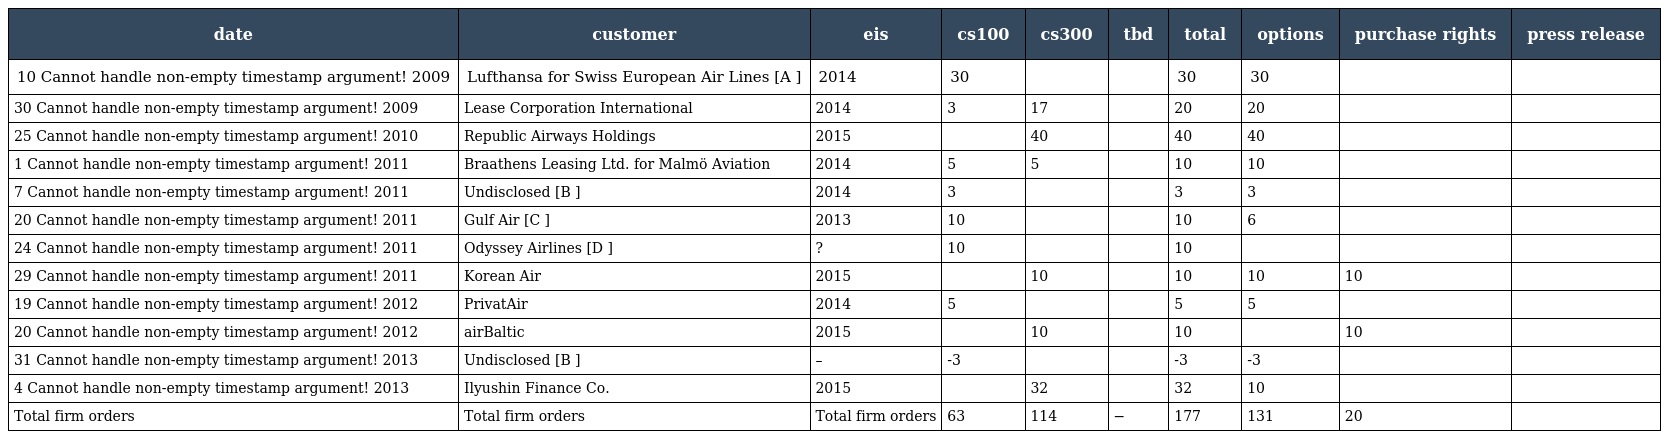
| date | customer | eis | cs100 | cs300 | tbd | total | options | purchase rights | press release |
 | --- | --- | --- | --- | --- | --- | --- | --- | --- | --- |
 | 10 Cannot handle non-empty timestamp argument! 2009 | Lufthansa for Swiss European Air Lines [A ] | 2014 | 30 |  |  | 30 | 30 |  |  |
 | 30 Cannot handle non-empty timestamp argument! 2009 | Lease Corporation International | 2014 | 3 | 17 |  | 20 | 20 |  |  |
 | 25 Cannot handle non-empty timestamp argument! 2010 | Republic Airways Holdings | 2015 |  | 40 |  | 40 | 40 |  |  |
 | 1 Cannot handle non-empty timestamp argument! 2011 | Braathens Leasing Ltd. for Malmö Aviation | 2014 | 5 | 5 |  | 10 | 10 |  |  |
 | 7 Cannot handle non-empty timestamp argument! 2011 | Undisclosed [B ] | 2014 | 3 |  |  | 3 | 3 |  |  |
 | 20 Cannot handle non-empty timestamp argument! 2011 | Gulf Air [C ] | 2013 | 10 |  |  | 10 | 6 |  |  |
 | 24 Cannot handle non-empty timestamp argument! 2011 | Odyssey Airlines [D ] | ? | 10 |  |  | 10 |  |  |  |
 | 29 Cannot handle non-empty timestamp argument! 2011 | Korean Air | 2015 |  | 10 |  | 10 | 10 | 10 |  |
 | 19 Cannot handle non-empty timestamp argument! 2012 | PrivatAir | 2014 | 5 |  |  | 5 | 5 |  |  |
 | 20 Cannot handle non-empty timestamp argument! 2012 | airBaltic | 2015 |  | 10 |  | 10 |  | 10 |  |
 | 31 Cannot handle non-empty timestamp argument! 2013 | Undisclosed [B ] | – | -3 |  |  | -3 | -3 |  |  |
 | 4 Cannot handle non-empty timestamp argument! 2013 | Ilyushin Finance Co. | 2015 |  | 32 |  | 32 | 10 |  |  |
 | Total firm orders | Total firm orders | Total firm orders | 63 | 114 | − | 177 | 131 | 20 |  |